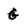
Character: g